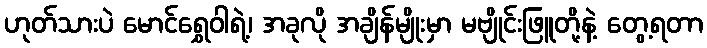
ဟုတ်သားပဲ မောင်ရွှေဝါရဲ့၊ အခုလို အချိန်မျိုးမှာ မဗျိုင်းဖြူတို့နဲ့ တွေ့ရတာ